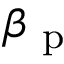
\beta _ { \mathrm { ~ p ~ } }